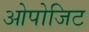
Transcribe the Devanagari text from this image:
ओपोजिट